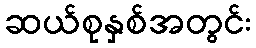
ဆယ်စုနှစ်အတွင်း